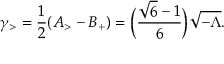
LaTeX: \gamma _ { > } = \frac { 1 } { 2 } ( A _ { > } - B _ { + } ) = \biggl ( \frac { \sqrt { 6 } - 1 } { 6 } \biggr ) \sqrt { - \Lambda } .